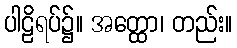
ပါဠိရပ်၌။ အတ္ထော၊ တည်း။